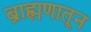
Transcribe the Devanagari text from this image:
ब्राह्मणातून